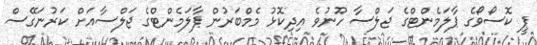
ޕީ ކޮސޯވޯގެ ޕާލަމެންޓްގެ ޖަލްސާ ހޫނުވެ އިދިކޮޅު މެމްބަރުން ޕާލަމެންޓްގެ ޖަލްސާއަށް ކަރުނަގޭސް